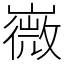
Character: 嶶